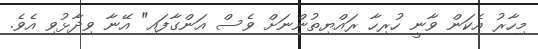
މިހާރު އެކަން ވާނީ ހުރިހާ ރައްޔިތުންނަށް ވެސް އަންގާފައި" އޭނާ ވިދާޅުވި އެވެ.